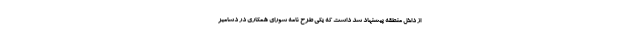
از داخل منطقه پیشنهاد شد داست که یکی طرح نامه شورای همکاری در دسامبر